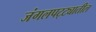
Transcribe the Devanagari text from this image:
जंगलपट्ट्यातील